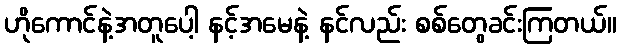
ဟိုကောင်နဲ့အတူပေါ့ နင့်အမေနဲ့ နင်လည်း စစ်တွေခင်းကြတယ်။